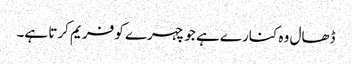
ڈھال وہ کنارے ہے جو چہرے کو فریم کرتا ہے۔